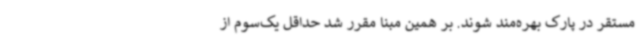
مستقر در پارک بهره‌مند شوند. بر همین مبنا مقرر شد حداقل یک‌سوم از